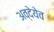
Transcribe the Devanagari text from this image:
अव्देयेव